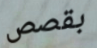
بقصص